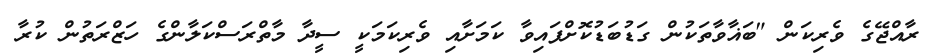
ރާއްޖޭގެ ވެރިކަން "ބަޣާވާތަކުން ގަޑުބަޑުކޮށްފައިވާ ކަމަށާއި ވެރިކަމަކީ ސީދާ މާތްރަސްކަލާންގެ ހަޒްރަތުން ކުރާ